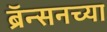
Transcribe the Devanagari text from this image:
ब्रॅन्सनच्या